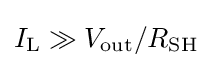
I_{\text{L}}\gg V_{\text{out}}/R_{\text{SH}}